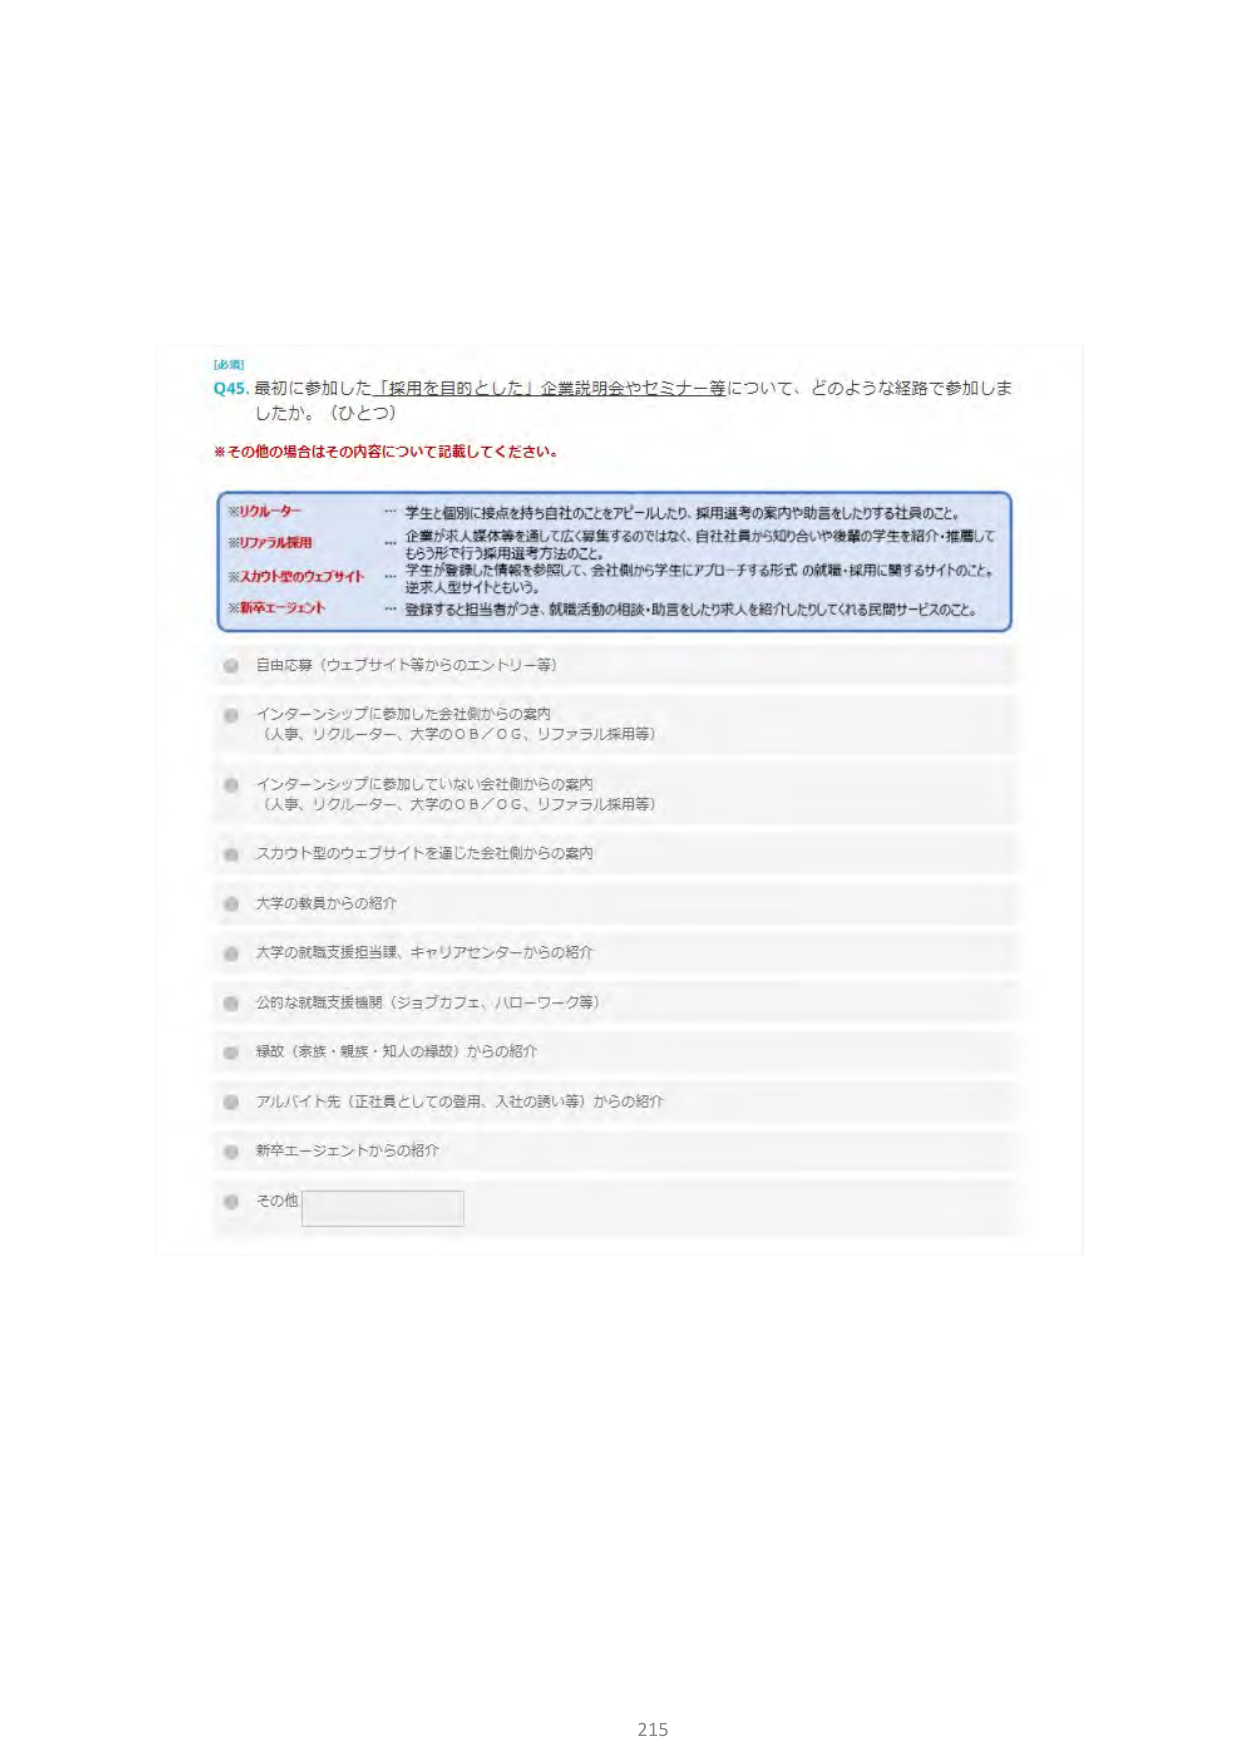
[必須]
Q45. 最初に参加した「採用を目的とした」企業説明会やセミナー等について、どのような経路で参加しましたか。（ひとつ）
※その他の場合はその内容について記載してください。

※リクルーター
… 学生と個別に接点を持ち自社のことをアピールしたり、採用選考の案内や助言をしたりする社員のこと。

※リファラル採用
… 企業が求人媒体等を通して広く募集するのではなく、自社社員から知り合いや後輩の学生を紹介・推薦してもらう形で行う採用選考方法のこと。

※スカウト型のウェブサイト
… 学生が登録した情報を参照して、会社側から学生にアプローチする形式の就職・採用に関するサイトのこと。
送求人型サイトともいう。

※新卒エージェント
… 登録すると担当者がつき、就職活動の相談・助言をしたり求人を紹介したりしてくれる民間サービスのこと。

○ 自由応募（ウェブサイト等からのエントリー等）
○ インターンシップに参加した会社側からの案内
（人事、リクルーター、大学のOB／OG、リファラル採用等）
○ インターンシップに参加していない会社側からの案内
（人事、リクルーター、大学のOB／OG、リファラル採用等）
○ スカウト型のウェブサイトを通じた会社側からの案内
○ 大学の教員からの紹介
○ 大学の就職支援担当課、キャリアセンターからの紹介
○ 公的な就職支援機関（ジョブカフェ、ハローワーク等）
○ 縁故（家族・親族・知人の縁故）からの紹介
○ アルバイト先（正社員としての登用、入社の誘い等）からの紹介
○ 新卒エージェントからの紹介
○ その他 [空白入力欄]

215